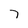
Character: 7